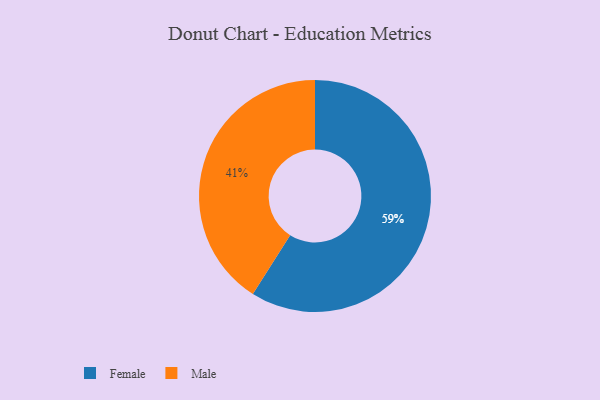
{"axis": {"x": "Category", "y": "Percentage"}, "legend": ["Female", "Male"], "data": [{"x": "Male", "y": 41, "type": "Male"}, {"x": "Female", "y": 59, "type": "Female"}]}